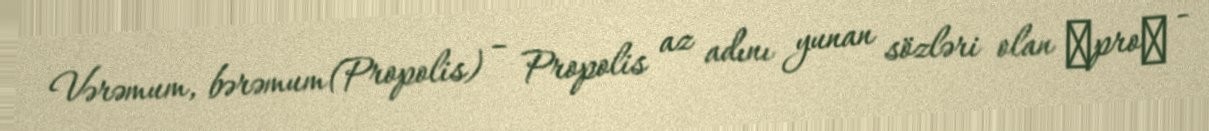
Vərəmum, bərəmum(Propolis) – Propolis az adını yunan sözləri olan ≪pro≫ -